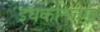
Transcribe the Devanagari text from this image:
इधकश्लिख